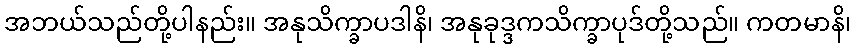
အဘယ်သည်တို့ပါနည်း။ အနုသိက္ခာပဒါနိ၊ အနုခုဒ္ဒကသိက္ခာပုဒ်တို့သည်။ ကတမာနိ၊